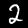
Label: 2